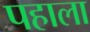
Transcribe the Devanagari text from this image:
पहाला